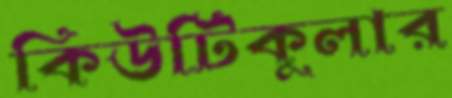
কিউটিকুলার